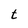
Character: t